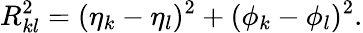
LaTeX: R_{kl}^{2}=(\eta_{k}-\eta_{l})^{2}+(\phi_{k}-\phi_{l})^{2}.